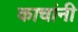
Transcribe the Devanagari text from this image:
काचांनी